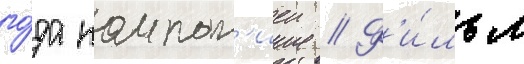
го́да компан'иеи // Ф'и́льм